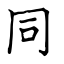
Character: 同